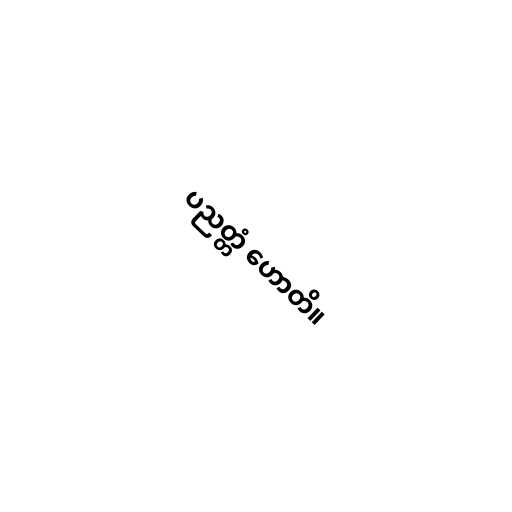
ပညတ္တံ ဟောတိ။